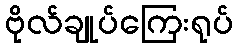
ဗိုလ်ချုပ်ကြေးရုပ်